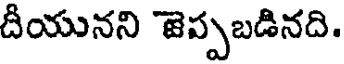
దీయునని జెప్పబడినది.